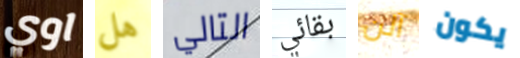
اوي هل التالي بقائي آلن يكون